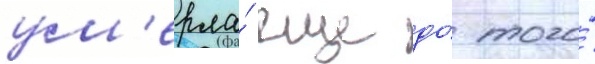
ум'ерла́ еще до́ того́